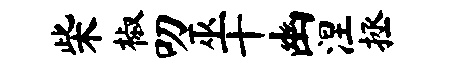
柴椒叨巫十幽涅拯